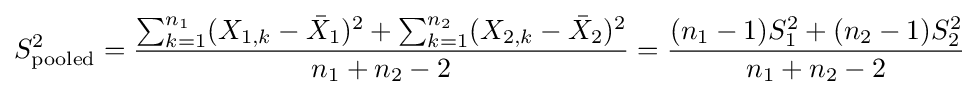
S_{\mathrm {pooled} }^{2}={\frac {\sum _{k=1}^{n_{1}}(X_{1,k}-{\bar {X}}_{1})^{2}+\sum _{k=1}^{n_{2}}(X_{2,k}-{\bar {X}}_{2})^{2}}{n_{1}+n_{2}-2}}={\frac {(n_{1}-1)S_{1}^{2}+(n_{2}-1)S_{2}^{2}}{n_{1}+n_{2}-2}}